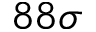
8 8 \sigma